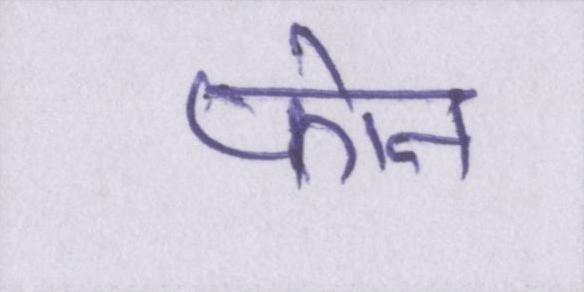
फोन